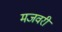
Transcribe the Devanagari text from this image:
मजवरी